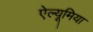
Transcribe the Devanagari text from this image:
ऐल्यूमिया